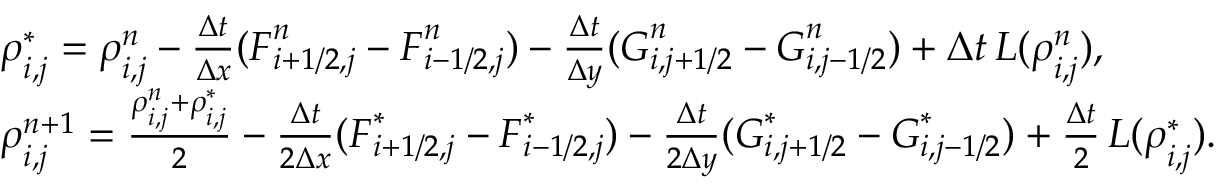
\begin{array} { r l } & { \boldsymbol { \rho } _ { i , j } ^ { * } = \boldsymbol { \rho } _ { i , j } ^ { n } - \frac { \Delta t } { \Delta x } ( \boldsymbol { F } _ { i + 1 / 2 , j } ^ { n } - \boldsymbol { F } _ { i - 1 / 2 , j } ^ { n } ) - \frac { \Delta t } { \Delta y } ( \boldsymbol { G } _ { i , j + 1 / 2 } ^ { n } - \boldsymbol { G } _ { i , j - 1 / 2 } ^ { n } ) + \Delta t \, \boldsymbol { L } ( \boldsymbol { \rho } _ { i , j } ^ { n } ) , } \\ & { \boldsymbol { \rho } _ { i , j } ^ { n + 1 } = \frac { \boldsymbol { \rho } _ { i , j } ^ { n } + \boldsymbol { \rho } _ { i , j } ^ { * } } { 2 } - \frac { \Delta t } { 2 \Delta x } ( \boldsymbol { F } _ { i + 1 / 2 , j } ^ { * } - \boldsymbol { F } _ { i - 1 / 2 , j } ^ { * } ) - \frac { \Delta t } { 2 \Delta y } ( \boldsymbol { G } _ { i , j + 1 / 2 } ^ { * } - \boldsymbol { G } _ { i , j - 1 / 2 } ^ { * } ) + \frac { \Delta t } { 2 } \, \boldsymbol { L } ( \boldsymbol { \rho } _ { i , j } ^ { * } ) . } \end{array}